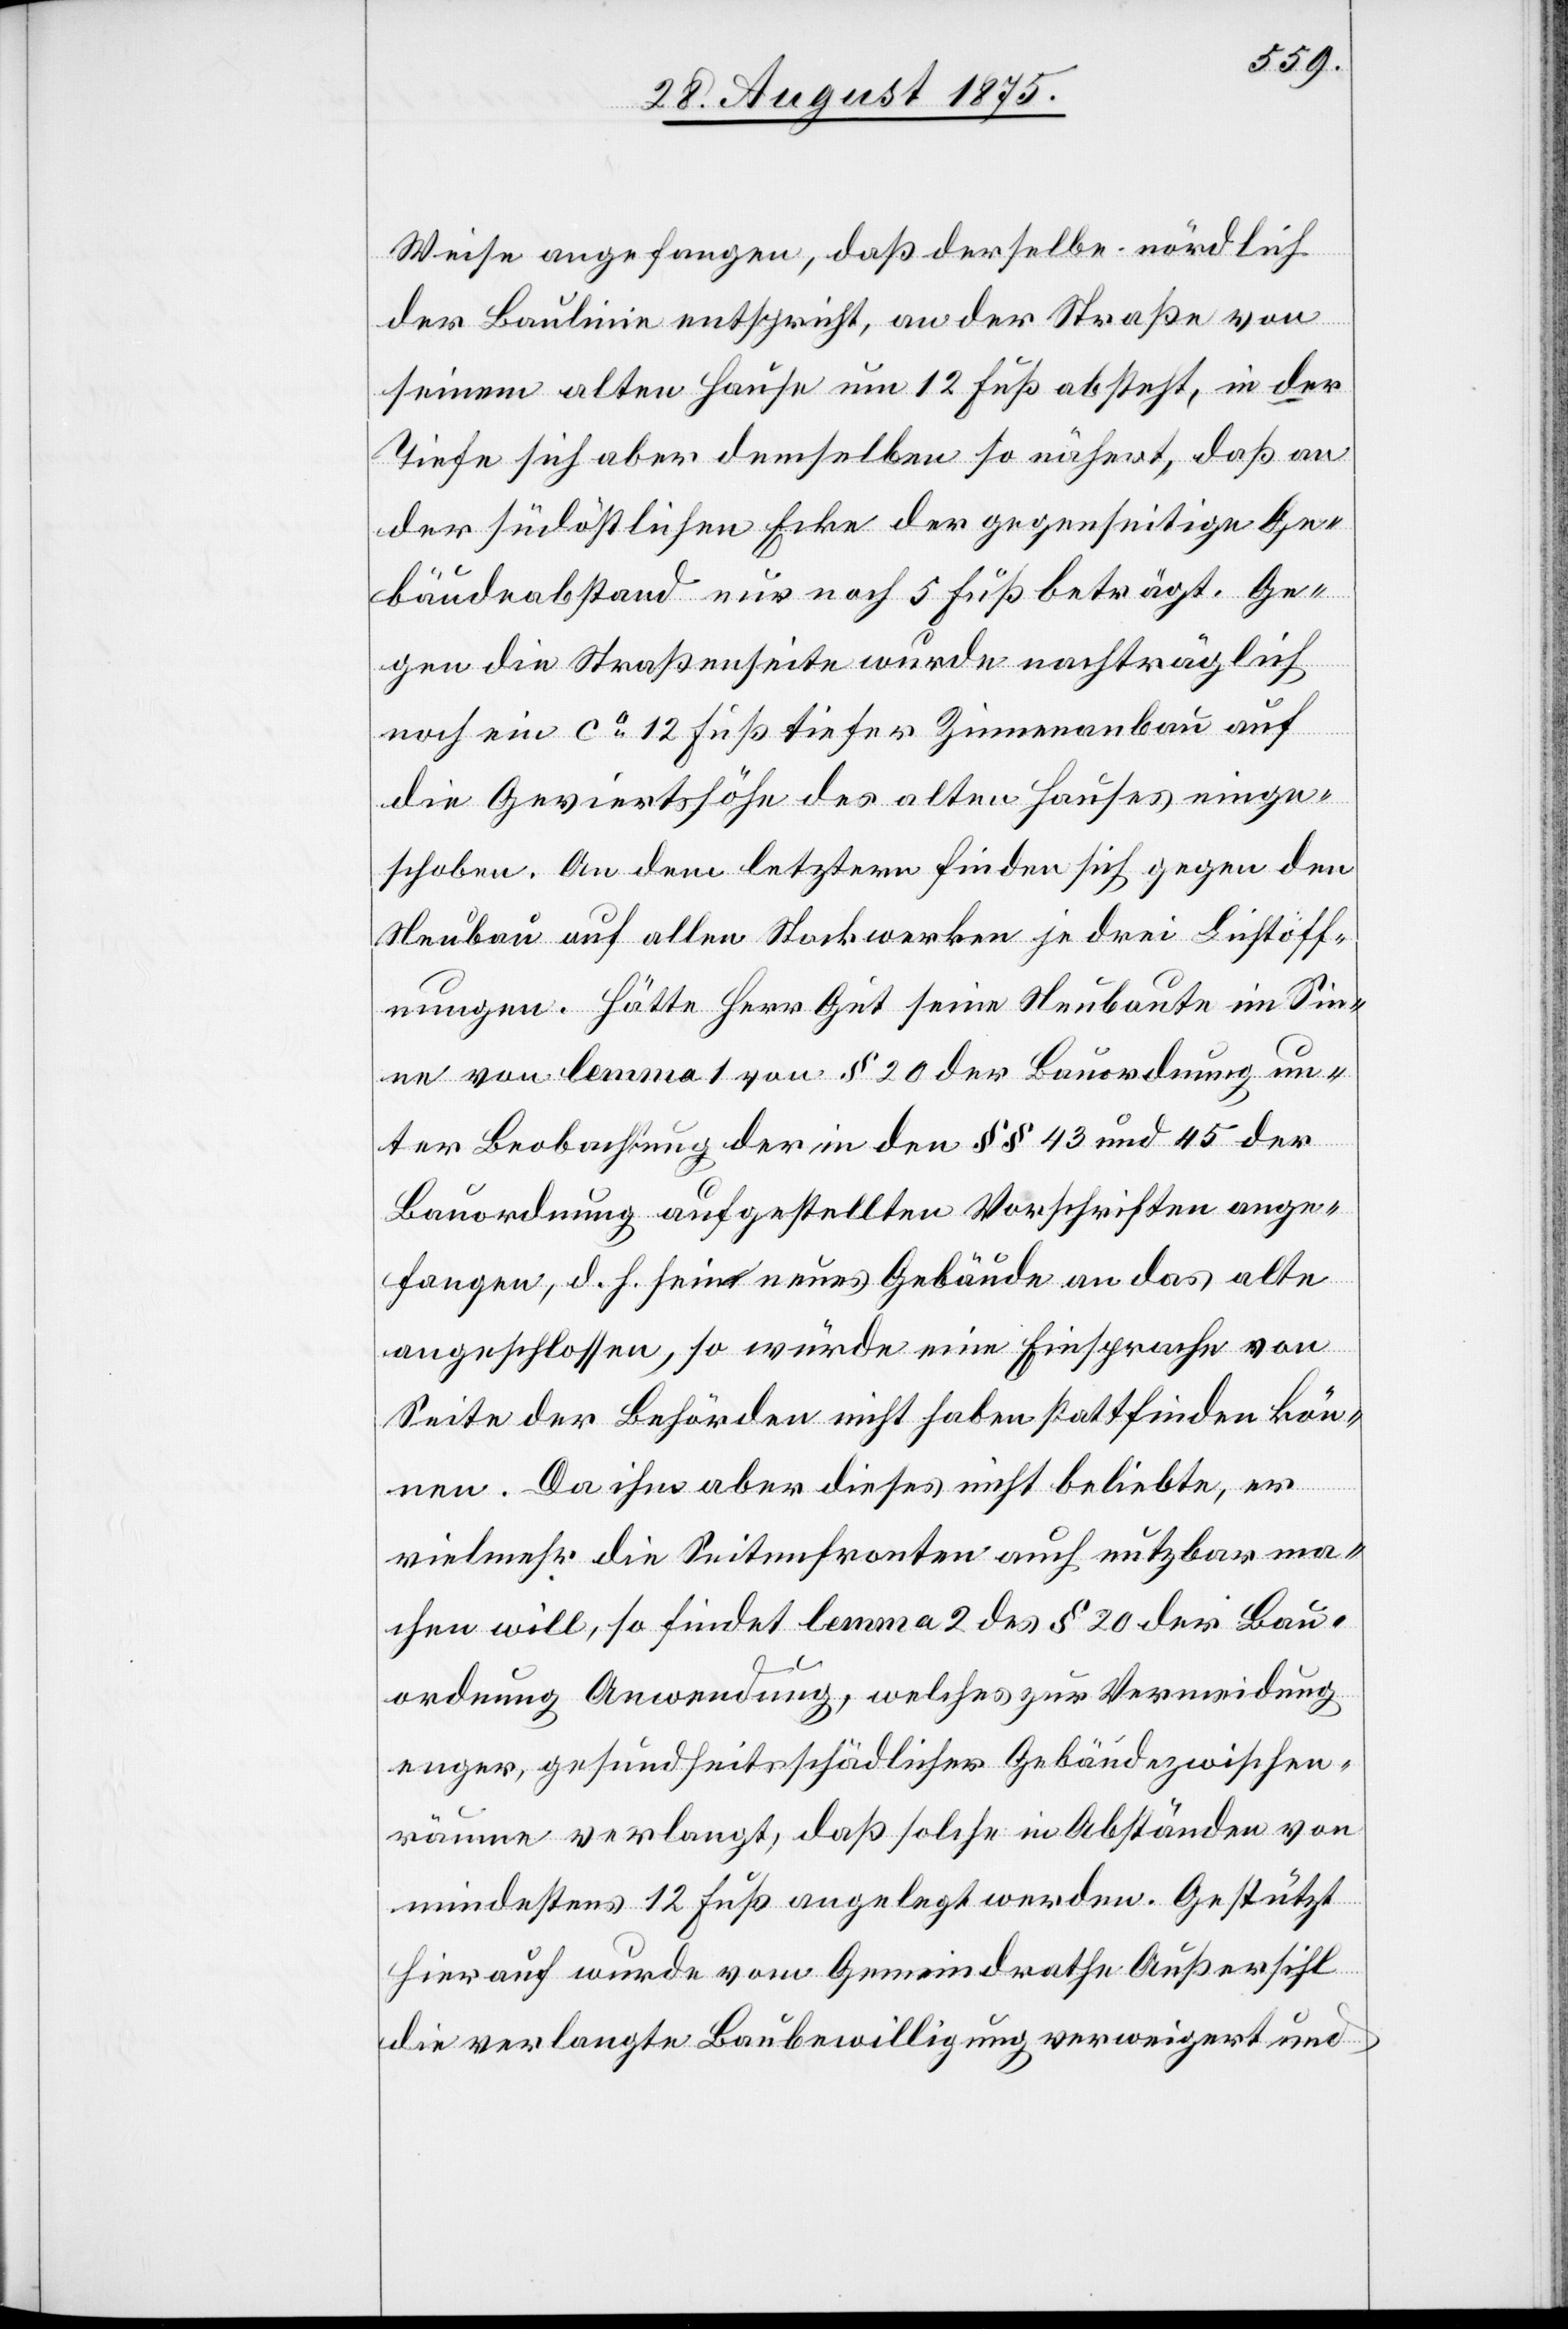
Weise angefangen, daß derselbe nördlich
der Baulinie entspricht, an der Straße von
seinem alten Hause um 12 Fuß absteht, in der
Tiefe sich aber demselben so nähert, daß an
der südöstlichen Ecke der gegenseitige Ge¬
bäudeabstande nur noch 5 Fuß beträgt. Ge¬
gen die Straßenseite wurde nachträglich
noch ein ca 12 Fuß tiefer Zimmeranbau auf
die Gevierthöhe des alten Hauses einge¬
schoben. An dem letztern finden sich gegen den
Neubau auf allen Stockwerken je drei Lichtöff¬
nungen. Hätte Herr Gut seine Neubaute im Sin¬
ne von lemma 1 von § 20 der Bauordnung un¬
ter Beobachtung der in den §§ 43 und 45 der
Bauordnung aufgestellten Vorschriften ange¬
fangen, d. h. sein neues Gebäude an das alte
angeschlossen, so würde eine Einsprache von
Seite der Behörden nicht haben stattfinden kön¬
nen. Da ihm aber dieses nicht beliebte, er
vielmehr die Seitenfronten auch nutzbar ma¬
chen will, so findet lemma 2 des § 20 der Bau¬
ordnung Anwendung, welches zur Vermeidung
enger, gesundheitsschädlicher Gebäudezwischen¬
räume verlangt, daß solche in Abständen von
mindestens 12 Fuß angelegt werden. Gestützt
hierauf wurde vom Gemeindrathe Außersihl
die verlangte Baubewilligung verweigert und